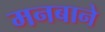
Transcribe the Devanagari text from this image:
मनबाने